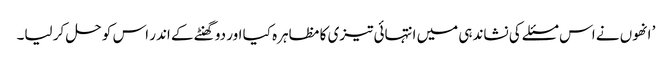
’ انھوں نے اس مسئلے کی نشاندہی میں انتہائی تیزی کا مظاہرہ کیا اور دو گھنٹے کے اندر اس کو حل کر لیا۔